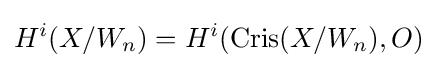
H^{i}(X/W_{n})=H^{i}(\operatorname {Cris} (X/W_{n}),O)